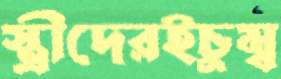
স্ত্রীদেরইচুম্ব